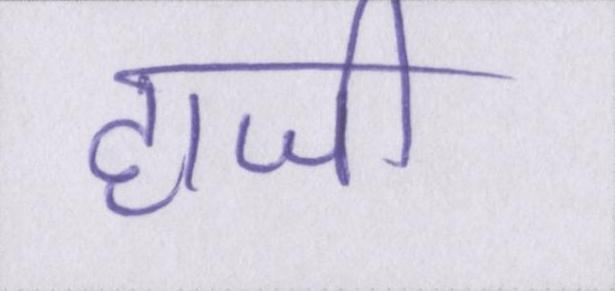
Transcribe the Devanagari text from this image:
हाजी